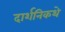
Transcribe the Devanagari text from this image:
दार्शनिकथे